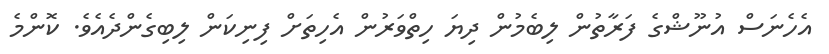
އެހެނަސް އުނޫޝްގެ ފަރާތުން ލިބެމުން ދިޔަ ހިތްވަރުން އެހިތަށް ފިނިކަން ލިބިގެންދެއެވެ. ކޮންމެ